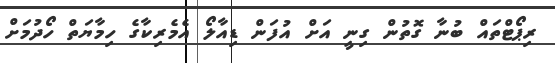
ރިޕޯޓްތައް ބުނާ ގޮތުން ގިނީ އަށް އުފަން ޑިއާލޯ އެމެރިކާގެ ހިމާޔަތް ހޯދުމަށް